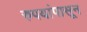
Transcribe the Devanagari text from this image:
रुपयांपासून